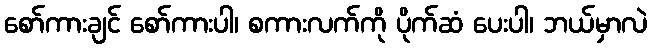
စော်ကားချင် စော်ကားပါ၊ စကားလက်ကို ပိုက်ဆံ ပေးပါ၊ ဘယ်မှာလဲ